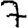
Digit: 7